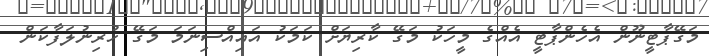
މަގޭޕާޓީނޫން އެހެންޕާޓީ އެއްގެ މީހަކު މަގޭ ކާރިޔަށް ކަމަކު އައިއްސިނަމަ މަގޭ ހުރިނުލަފާކަން